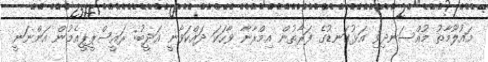
މައުލޫމާތު މުއްސަނދިވި އަޅުގަނޑުގެ ފަރާތުން އިމްރާނާ ވާހަކަ ދައްކަވާނީ އަދީބު: ރައީސްޕީޕީއެމުން އަންނަނީ